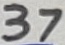
Text: 37